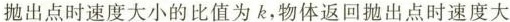
抛出点时速度大小的比值为k，物体返回抛出点时速度大